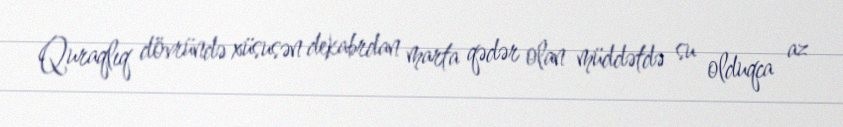
Quraqlıq dövründə xüsusən dekabrdan marta qədər olan müddətdə su olduqca az